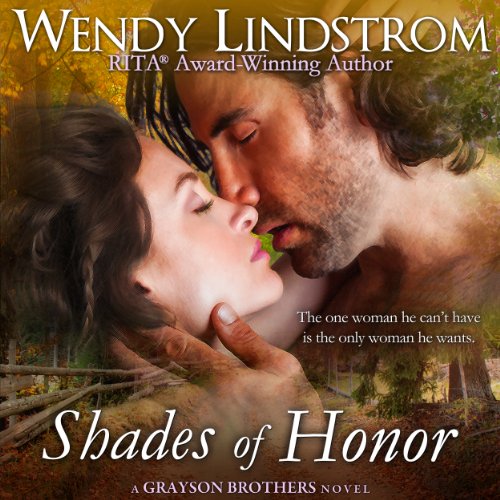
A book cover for Shades of Honor (Grayson Brothers, Book 1); Wendy Lindstrom; Romance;